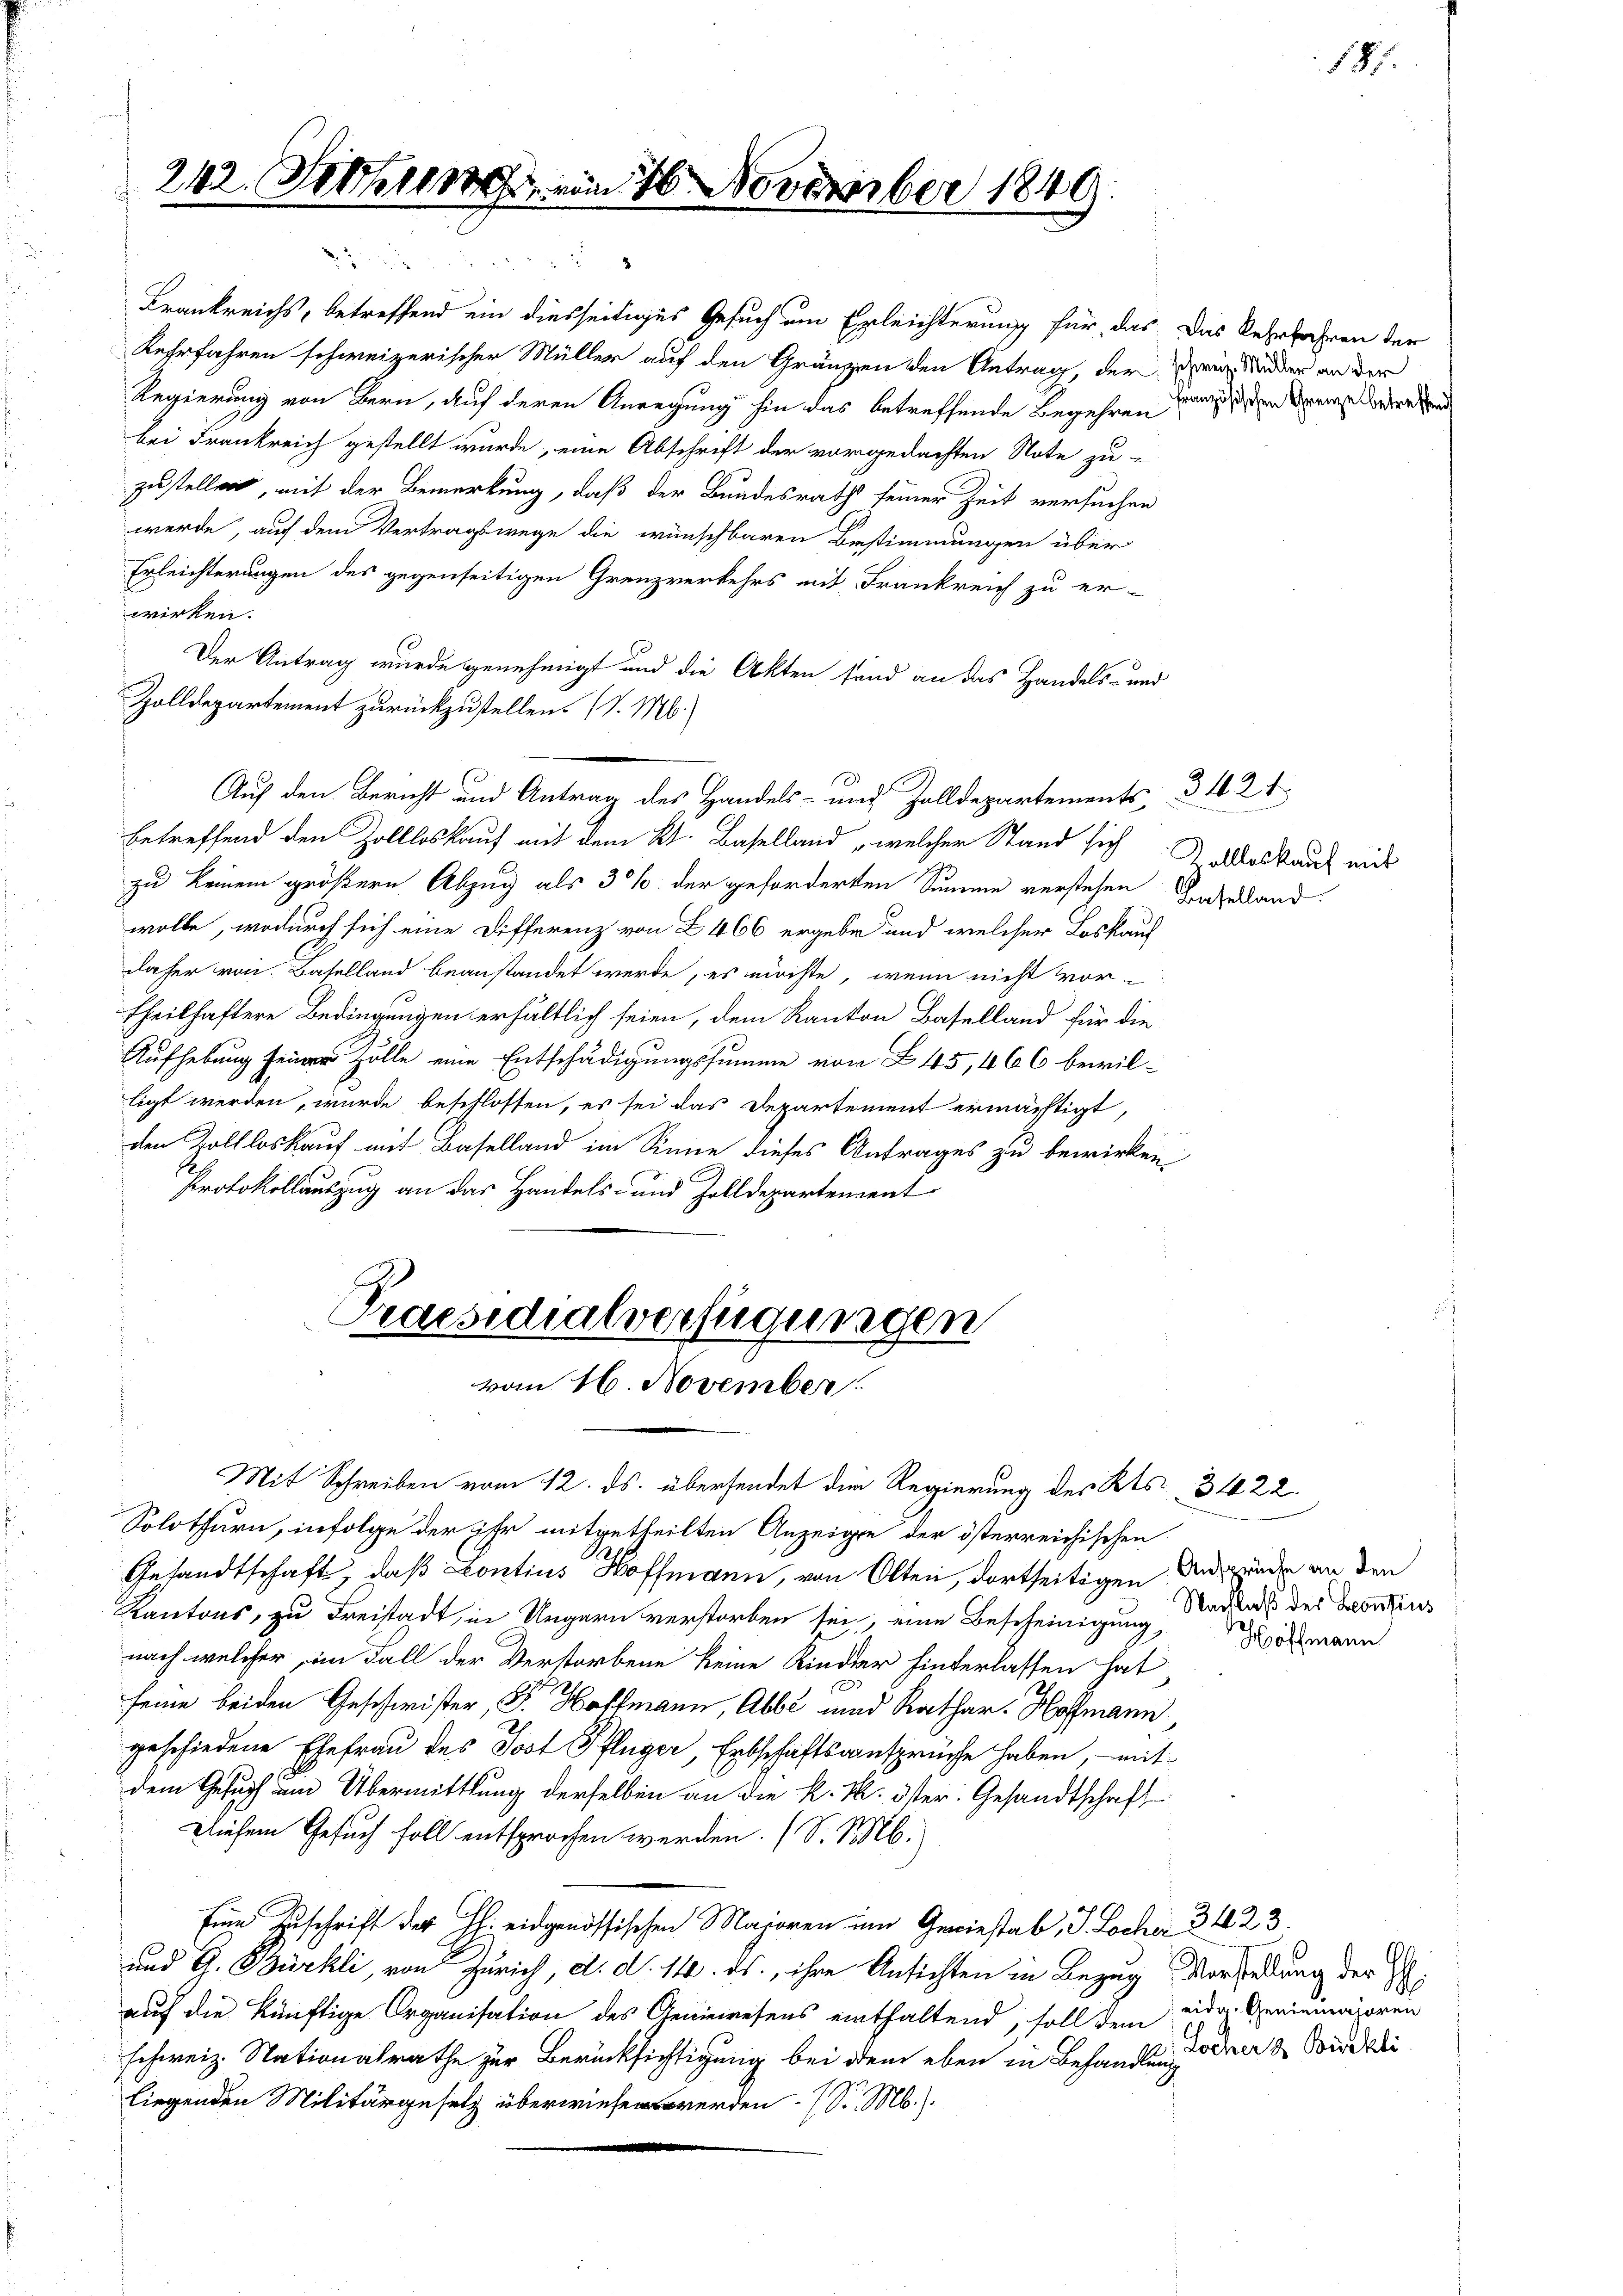
242. Seiten vom 16 November 1849

Frankreichs, betreffend ein diesseitiges Gesuch um Erleichterung für das
Kehrfahren schweizerischer Müller auf den Gränzen den Antrag, der drei Wieder an der
Regierung von Bern, auf deren Anregung hin das betreffende Begehren
bei Frankreich gestellt wurde, eine Abschrift der vorgedachten Note zu-
zustellen, mit der Bemerkung, daß der Bundesrath seiner Zeit versuchen
werde, auf dem Vertragswege die wünschbaren Bestimmungen über
Erleichterungen des gegenseitigen Grenzverkehrs mit Frankreich zu er-
wirken.
Der Antrag wurde genehmigt und die Akten sind an das Handels- und
Zolldepartement zurückzustellen. (S. M.
Auf den Bericht und Antrag des Handels- und Zolldepartements
betreffend den Zollloskauf mit dem Kt. Baselland, welcher Stand sich aberkauf mit
zu keinem größern Abzug als 30% der geforderten Summe verstehen Baselland.
wolle, wodurch sich eine Differenz von Z 466 ergebe und welcher Loskauf
daher von Baselland beanstandet werde, es möchte, wenn nicht vor-
Theilhaftere Bedingungen erhältlich seien, dem Kanton Baselland für die
Aufhebung seiner Zölle eine Entschädigungssumme von L. 45, 466 bewilligt werden, wurde beschlossen, es sei das Departement ermächtigt,
den Zollloskauf mit Baselland im Sinne dieses Antrages zu bewirken,
Protokollauszug an das Handels- und Zolldepartement
Praesidialverfügungen

8

vom 16. November

Das Kehrfahren der
französischen Grenze betreffen

Mit Schreiben vom 12. ds. übersendet die Regierung des Kts. 31422.
Solothurn, infolge der ihr mitgetheilten Anzeigen der österreichischen
Gesandtschaft, daß Contius Hoffmann, von Olten, dortseitigen Anwenden an den
Kantons, zu Freistadt, in Ungarn verstorben sei, eine Bescheinigung Nachlaß der Kontens
nach welcher im Fall der Verstorbene keine Kinder hinterlassen hat
2
ee beiden Geschwister, Dr. Hoffmann, Abbe und Rathar. Hoffmann,
geschiedene Ehefrau des Jost Pflüger, Erbschaftsansprüche haben, mit
dem Gesuch um Übermittlung derselben an die k. k. öster: Gesandtschaft
Diesem Gesuch foll entsprochen werden. (S. M.
Eine Zuschrift des H. eidgenössischen Majoren im Gewiestab, S. Locher 3 423.
und G. Bürkli, von Zürich, d. d. 14. ds., ihre Ansichten in Bezug Vorstellung der H:
auf die künftige Organisation des Geniewesens einthaltend, soll dem hr. Geniemajoren
schweiz. Nationalrathe zur Berücksichtigung bei dem eben in Behandlung, daher & Direkti
liegenden Militärgesetz überwiesen werden. (S. M.).

3424

187.

Hoffmann